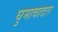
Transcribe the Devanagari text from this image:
घुमावादार